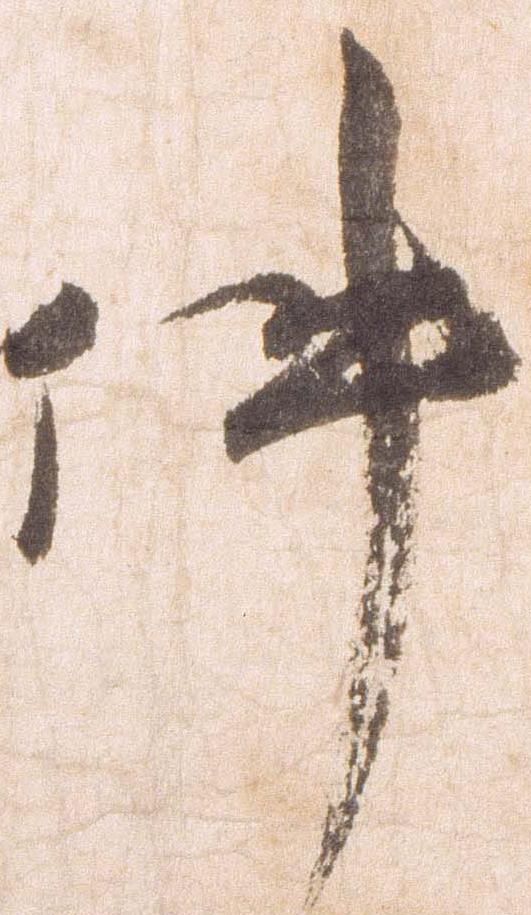
件